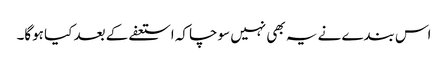
اس بندے نے یہ بھی نہیں سوچا کہ استعفے کے بعد کیا ہوگا۔